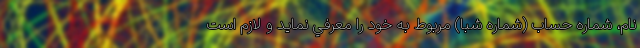
نام، شماره حساب (شماره شبا) مربوط به خود را معرفي نمايد و لازم است